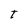
Character: t